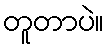
တူတာပဲ။